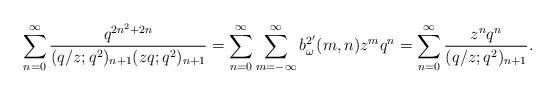
LaTeX: \begin{align*} \sum_{n=0}^{\infty}\frac{q^{2n^2+2n}}{(q/z;q^2)_{n+1}(zq;q^2)_{n+1}} =\sum_{n=0}^{\infty}\sum_{m=-\infty}^{\infty}b^{2'}_\omega(m,n)z^mq^n =\sum_{n=0}^{\infty}\frac{z^nq^n}{(q/z;q^2)_{n+1}}.\end{align*}